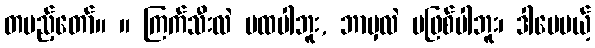
တပည့်တော်။ ။ ကြက်သီးလဲ မထပါဘူး, ဘာမှလဲ မဖြစ်ပါဘူး၊ ဒါပေမယ့်